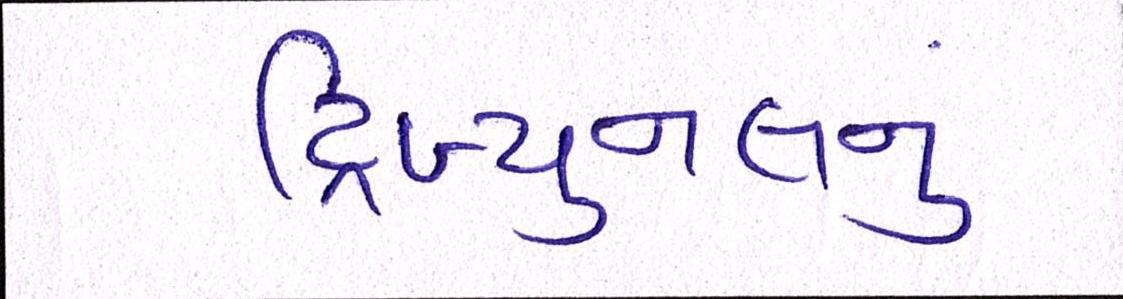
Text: ટ્રિબ્યુનલનું